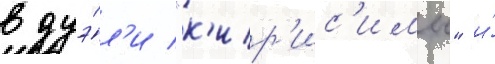
в дуэ́л'и "к'ир'ис'имы" и́